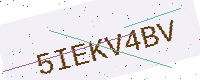
Text: 5IEKV4BV